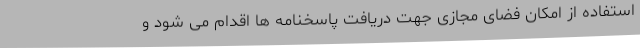
استفاده از امکان فضای مجازی جهت دریافت پاسخنامه ها اقدام می شود و